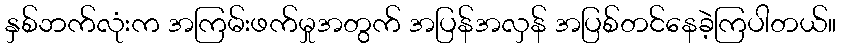
နှစ်ဘက်လုံးက အကြမ်းဖက်မှုအတွက် အပြန်အလှန် အပြစ်တင်နေခဲ့ကြပါတယ်။